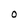
Character: o